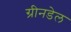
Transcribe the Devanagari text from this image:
ग्रीनडेल